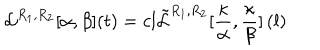
LaTeX: \mathcal { L } ^ { R _ { 1 } , R _ { 2 } } [ \alpha , \beta ] ( t ) = c l \tilde { \mathcal { L } } ^ { R _ { 1 } , R _ { 2 } } [ \frac { \kappa } { \alpha } , \frac { \kappa } { \beta } ] \left( l \right)